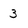
Character: 3